Lunatic asylums Punjab 1895-1910 - 1895-1910
Year: 1895
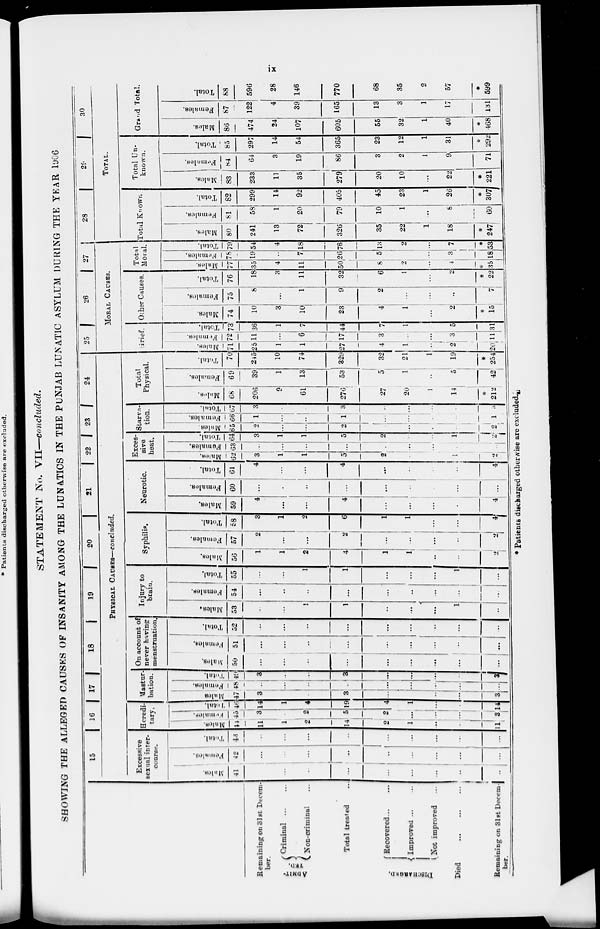
ix
STATEMENT No. VII—concluded.
SHOWING THE ALLEGED CAUSES OF INSANITY AMONG THE LUNATICS IN THE PUNJAB LUNATIC ASYLUM DURING THE YEAR 1906.
Remaining on 31st Decem-
ber.
ADMIT-
TED.
Criminal ... ...
Non-criminal ...
Total treated
...
DISCHARGED.
Recovered
...
...
Improved ... ...
Not improved
Died
...
...
...
Remaining on 31st Decem-
ber.
15
16
17
18
19
20
21
22
23
24
PHYSICAL CAUSES—concluded.
Excessive
sexual inter-
course.
Males.
41
...
...
...
...
...
...
...
...
...
Females.
42
...
...
...
...
...
...
...
...
...
Total.
43
...
...
...
...
...
...
...
...
...
Heredi-
tary.
Males.
44
11
1
2
14
2
1
...
...
11
Females.
45
3
...
2
5
2
...
...
...
3
Total.
46
14
1
4
19
4
1
...
...
14
Mastur
bation.
Males
47
3
...
...
3
...
...
...
...
3
Females.
48
...
...
...
...
...
...
... ...
...
Total.
49
3
...
...
3
...
...
...
...
3
On account of
never having
menstruation.
Males.
50
...
...
...
...
...
...
...
...
...
Females.
51
...
...
...
...
...
...
...
...
...
Total.
52
...
...
...
...
...
...
...
...
...
Injury to
brain.
Males.
53
...
...
1
1
...
...
...
1
...
Females.
54
...
...
...
...
...
...
...
...
...
Total.
55
...
...
1
1
...
...
...
1
...
Syphilis.
Males.
56
1
1
2
4
1
1
...
...
2
Females.
57
2
1
...
2
...
...
...
...
2
Total.
58
3
1
2
6
1
1
...
...
4
Neurotic.
Males.
59
4
...
...
4
...
...
...
...
4
Females.
60
...
...
...
...
...
...
...
...
...
Total.
61
4
...
...
4
...
...
...
...
4
Exces-
sive
heat.
Males.
62
3
1
1
5
2
...
...
1
2
Females.
63
...
...
...
...
...
...
...
...
...
Total.
64
3
1
1
5
2
...
...
1
2
Starva-
tion.
Males.
65
2
...
...
2
...
...
...
...
2
Females.
66
1
...
...
1
...
...
...
...
1
Total.
67
3
...
...
3
...
...
...
...
3
Total
Physical.
Males.
68
206
2
61
276
27
20
1
14
*212
Females.
69
39
1
13
53
5
1
...
5
42
Total.
70
245
10
74
329
32
21
1
19
*254
25
26
27
MORAL CAUSES.
Grief.
Males.
71
25
1
1
27
4
1
...
1
20
Females.
72
11
...
6
17
3
...
...
3
11
Total.
73
36
1
7
44
7
1
...
5
31
Other Causes.
Males.
74
10
3
10
23
4
1
...
2
*
15
Females.
75
8
1
9
2
...
...
...
71
Total.
76
18
3
11
32
6
1
...
2
*
22
Total
Moral.
Males.
77
35
4
11
50
8
2
...
4
*
35
Females.
78
19
...
7
26
5
...
...
3
18
Total.
79
54
4
18
76
13
2
...
7
*
53
28
29
30
TOTAL.
Total Known.
Males.
80
241
13
72
326
35
22
1
18
*
247
Females.
81
58
1
20
79
10
1
...
8
60
Total.
82
299
14
92
405
45
23
1
26
*
307
Total Un-
known.
Males.
83
233
11
35
279
20
10
...
22
*
221
Females.
84
64
3
19
86
3
2
1
9
71
Total.
85
297
14
54
365
23
12
1
31
*
292
Grand Total.
Males.
86
474
24
107
605
55
32
1
40
*
468
Females.
87
122
4
39
165
13
3
1
17
131
Total.
88
596
28
146
770
68
35
2
57
*
599
* Patients discharged otherwise are excluded.